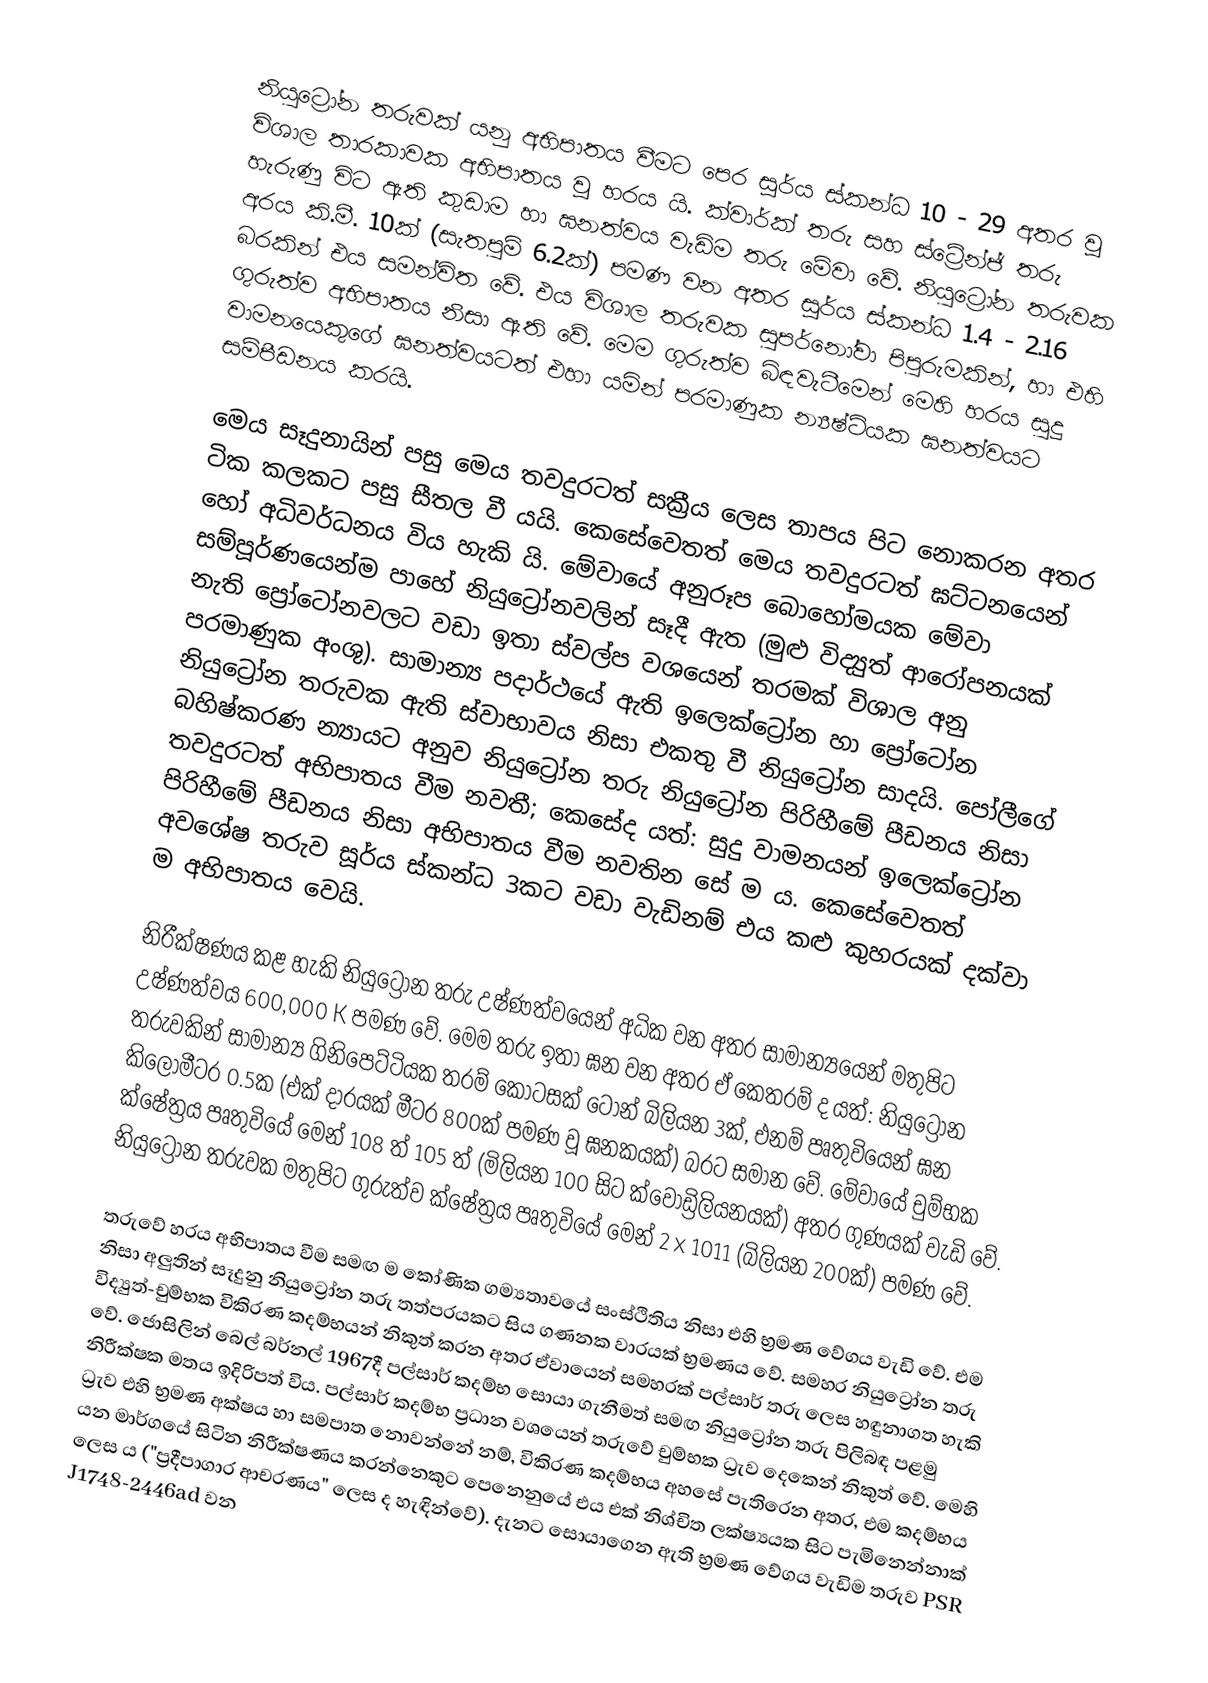
නියුට්‍රෝන තරුවක් යනු අභිපාතය වීමට පෙර සූර්ය ස්කන්ධ 10 - 29 අතර වූ විශාල තාරකාවක අභිපාතය වූ හරය යි. ක්වාර්ක් තරු සහ ස්ට්‍රේන්ජ් තරු හැරුණු විට ඇති කුඩාම හා ඝනත්වය වැඩිම තරු මේවා වේ. නියුට්‍රෝන තරුවක අරය කි.මී. 10ක් (සැතපුම් 6.2ක්) පමණ වන අතර සූර්ය ස්කන්ධ 1.4 - 2.16 බරකින් එය සමන්විත වේ. එය විශාල තරුවක සුපර්නෝවා පිපුරුමකින්, හා එහි ගුරුත්ව අභිපාතය නිසා ඇති වේ. මෙම ගුරුත්ව බිඳවැටීමෙන් මෙහි හරය සුදු වාමනයෙකුගේ ඝනත්වයටත් එහා යමින් පරමාණුක න්‍යෂ්ටියක ඝනත්වයට සම්පීඩනය කරයි.

මෙය සෑදුනායින් පසු මෙය තවදුරටත් සක්‍රීය ලෙස තාපය පිට නොකරන අතර ටික කලකට පසු සීතල වී යයි. කෙසේවෙතත් මෙය තවදුරටත් ඝට්ටනයෙන් හෝ අධිවර්ධනය විය හැකි යි. මේවායේ අනුරූප බොහෝමයක මේවා සම්පූර්ණයෙන්ම පාහේ නියුට්‍රෝනවලින් සෑදී ඇත (මුළු විද්‍යුත් ආරෝපනයක් නැති ප්‍රෝටෝනවලට වඩා ඉතා ස්වල්ප වශයෙන්  තරමක් විශාල අනු පරමාණුක අංශු). සාමාන්‍ය පදාර්ථයේ ඇති ඉලෙක්ට්‍රෝන හා ප්‍රෝටෝන නියුට්‍රෝන තරුවක ඇති ස්වාභාවය නිසා එකතු වී නියුට්‍රෝන සාදයි. පෝලීගේ බහිෂ්කරණ න්‍යායට අනුව නියුට්‍රෝන තරු නියුට්‍රෝන පිරිහීමේ පීඩනය නිසා තවදුරටත් අභිපාතය වීම නවතී; කෙසේද යත්: සුදු වාමනයන් ඉලෙක්ට්‍රෝන පිරිහීමේ පීඩනය නිසා අභිපාතය වීම නවතින සේ ම ය. කෙසේවෙතත් අවශේෂ තරුව සූර්ය ස්කන්ධ 3කට වඩා වැඩිනම් එය කළු කුහරයක් දක්වා ම අභිපාතය වෙයි.

නිරීක්ෂණය කළ හැකි නියුට්‍රෝන තරු උෂ්ණත්වයෙන් අධික වන අතර සාමාන්‍යයෙන් මතුපිට උෂ්ණත්වය 600,000 K පමණ වේ. මෙම තරු ඉතා ඝන වන අතර ඒ කෙතරම් ද යත්: නියුට්‍රෝන තරුවකින් සාමාන්‍ය ගිනිපෙට්ටියක තරම් කොටසක් ටොන් බිලියන 3ක්, එනම් පෘතුවියෙන් ඝන කිලෝමීටර 0.5ක (එක් දාරයක් මීටර 800ක් පමණ වූ ඝනකයක්) බරට සමාන වේ. මේවායේ චුම්භක ක්ෂේත්‍රය පෘතුවියේ මෙන් 108 ත් 105 ත් (මිලියන 100 සිට ක්වොඩ්‍රිලියනයක්) අතර ගුණයක් වැඩි වේ. නියුට්‍රෝන තරුවක මතුපිට ගුරුත්ව ක්ෂේත්‍රය පෘතුවියේ මෙන් 2 x 1011 (බිලියන 200ක්) පමණ වේ.

තරුවේ හරය අභිපාතය වීම සමඟ ම කෝණික ගම්‍යතාවයේ සංස්ථිතිය නිසා එහි භ්‍රමණ වේගය වැඩි වේ. එම නිසා අලුතින් සෑදුනු නියුට්‍රෝන තරු තත්පරයකට සිය ගණනක වාරයක් භ්‍රමණය වේ. සමහර නියුට්‍රෝන තරු විද්‍යුත්-චුම්භක විකිරණ කදම්භයන් නිකුත් කරන අතර ඒවායෙන් සමහරක් පල්සාර් තරු ලෙස හඳුනාගත හැකි වේ. ජොසිලින් බෙල් බර්නල් 1967දී පල්සාර් කදම්භ සොයා ගැනීමත් සමඟ නියුට්‍රෝන තරු පිලිබඳ පළමු නිරීක්ෂක මතය ඉදිරිපත් විය. පල්සාර් කදම්භ ප්‍රධාන වශයෙන් තරුවේ චුම්භක ධ්‍රැව දෙකෙන් නිකුත් වේ. මෙහි ධ්‍රැව එහි භ්‍රමණ අක්ෂය හා සමපාත නොවන්නේ නම්, විකිරණ කදම්භය අහසේ පැතිරෙන අතර, එම කදම්භය යන මාර්ගයේ සිටින නිරීක්ෂණය කරන්නෙකුට පෙනෙනුයේ එය එක් නිශ්චිත ලක්ෂ්‍යයක සිට පැමිනෙන්නාක් ලෙස ය ("ප්‍රදීපාගාර ආචරණය" ලෙස ද හැඳින්වේ). දැනට සොයාගෙන ඇති භ්‍රමණ වේගය වැඩිම තරුව PSR J1748-2446ad වන